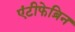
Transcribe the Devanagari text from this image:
एंटीफेब्रिन